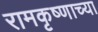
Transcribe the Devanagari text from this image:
रामकृष्णाच्या